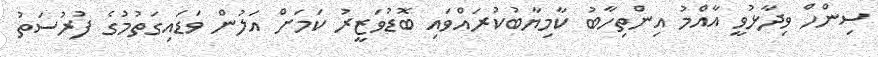
ސިންހް ވިދާޅުވީ އާއްމު އިންތިހާބު ކާމިޔާބުކުރައްވައި ބޮޑުވަޒީރު ކަމަށް އަލުން ވަޑައިގަތުމުގެ ފުރުސަތު